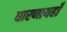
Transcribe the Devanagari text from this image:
धारणायहाँ